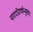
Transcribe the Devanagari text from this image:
नारदप्रेरणोन्मुखः।